Scientific memoirs by medical officers of the Army of India - Part XI,
Year: 1898
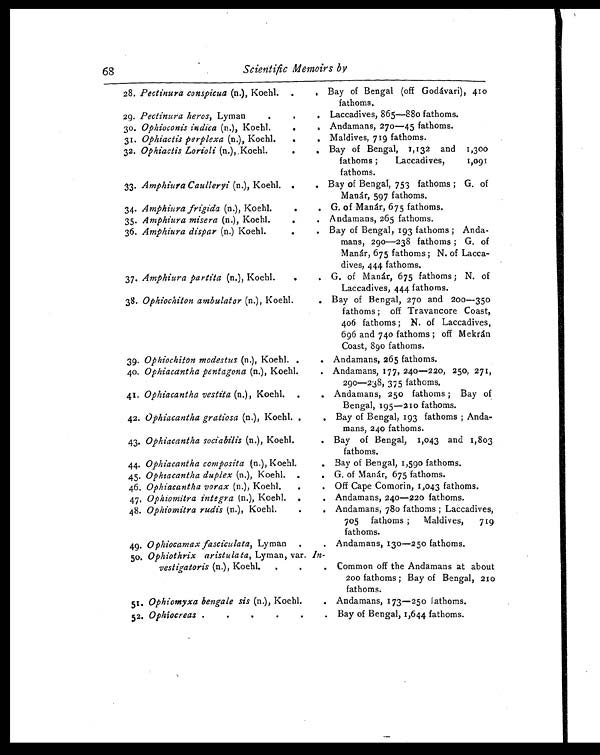
68
Scientific Memoirs by
28. Pectinura conspicua (n.), Koehl. .
. Bay of Bengal (off Godávari), 410
fathoms.
29. Pectinura heros, Lyman
.
. Laccadives, 865—880 fathoms.
30. Ophioconis indica (n.), Koehl.
. .
Andamans, 20—45 fathoms.
31. Ophiactis perplexa (n.), Koehl. . .
Maldives, 719 fathoms.
32. Ophiactis Lorioli (n.), Koehl.
. .
Bay of Bengal, 1,132 and 1,300
fathoms; Laccadives, 1,091
fathoms.
33. Amphiura Caulleryi (n.), Koehl. . .
Bay of Bengal, 753 fathoms; G. of
Manár, 597 fathoms.
34. Amphiura frigida (n.), Koehl.
.
. G. of Manár, 675 fathoms.
35. Amphiura misera (n.), Koehl. .
Andamans, 265 fathoms.
36. Amphiura dispar (n.) Koehl.
.
. Bay of Bengal, 193 fathoms; Anda-
mans, 290—238 fathoms; G. of
Manár, 675 fathoms; N. of Lacca-
dives, 444 fathoms.
37. Amphiura partita (n.), Koehl.
.
. G. of Manár, 675 fathoms; N. of
Laccadives, 444 fathoms.
38. Ophiochiton ambulator (n.), Koehl.
. Bay of Bengal, 270 and 200—350
fathoms; off Travancore Coast,
406 fathoms; N. of Laccadives,
696 and 740 fathoms; off Mekrán
Coast, 890 fathoms.
39. Ophiochiton modestus (n.), Koehl. .
. Andamans, 265 fathoms.
40. Ophiacantha pentagona (n.), Koehl. .
Andamans, 177, 240—220, 250, 271,
290—238, 375 fathoms.
41. Ophiacantha vestita (n.), Koehl. .
. Andamans, 250 fathoms; Bay of
Bengal, 195—210 fathoms.
42. Ophiacantha gratiosa (n.), Koehl. .
. Bay of Bengal, 193 fathoms; Anda-
mans, 240 fathoms.
43. Ophiacantha sociabilis (n.), Koehl.
. Bay of Bengal, 1,043 and 1,803
fathoms.
44. Ophiacantha composita (n.), Koehl. .
Bay of Bengal, 1,590 fathoms.
45. Ophiacantha duplex (n.), Koehl. .
. G. of Manár, 675 fathoms.
46. Ophiacantha vorax (n.), Koehl.
.
. Off Cape Comorin, 1,043 fathoms.
47. Ophiomitra integra (n.), Koehl. .
Andamans, 240—220 fathoms.
48. Ophiomitra rudis (n.), Koehl. . Andamans, 780 fathoms; Laccadives,
705 fathoms; Maldives, 719
fathoms.
49. Ophiocamax fasciculata, Lyman .
. Andamans, 130—250 fathoms.
50. Ophiothrix aristulata, Lyman, var. In-
vestigatoris (n.), Koehl.
.
. Common off the Andamans at about
200 fathoms; Bay of Bengal, 210
fathoms.
51. Ophiomyxa bengale sis (n.), Koehl.
. Andamans, 173—250 fathoms.
52. Ophiocreas .
.
.
. Bay of Bengal, 1,644 fathoms.